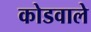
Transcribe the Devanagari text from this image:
कोडवाले